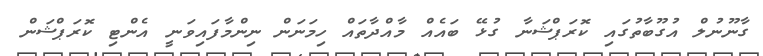
ގާނޫނުލް އުގޫބާތުގައި ކޮރަޕްޝަނާ ގުޅޭ ބައެއް މާއްދާތައް ހިމަނަން ނިންމާފައިވަނީ އެންޓި ކޮރަޕްޝަން